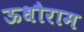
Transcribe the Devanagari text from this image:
ऊधौराम